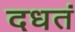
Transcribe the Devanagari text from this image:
दधतं